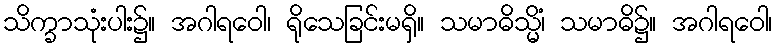
သိက္ခာသုံးပါး၌။ အဂါရဝေါ၊ ရိုသေခြင်းမရှိ။ သမာဓိသ္မိံ၊ သမာဓိ၌။ အဂါရဝေါ၊